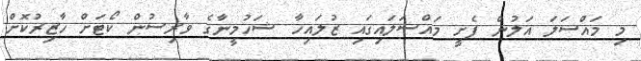
މި މައްސަލަ އަލުން ފެށީ މައްސަލައިގައި ޒުލައިހާ ޝަހުމީނާގެ ވާރިސުން ކޯޓަށް ހާޒިރުކޮށް